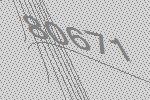
80671